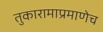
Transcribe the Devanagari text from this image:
तुकारामाप्रमाणेच